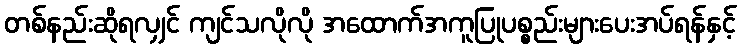
တစ်နည်းဆိုရလျှင် ကျင်သလိုလို အထောက်အကူပြုပစ္စည်းများပေးအပ်ရန်နှင့်